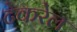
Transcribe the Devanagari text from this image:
टेकरेल